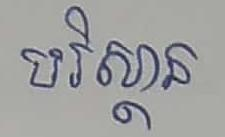
បរិស្ថាន